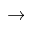
\rightarrow